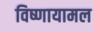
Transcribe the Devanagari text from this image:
विष्णायामल